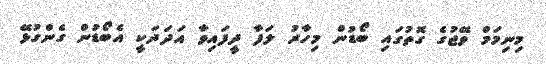
މިނިމަމް ވޭޖުގެ ގޮތުގައި ބޯޑުން މިހާރު ލަފާ ދީފައިވާ އަދަދަކީ އެބޯޑުން ގެންގުޅޭ